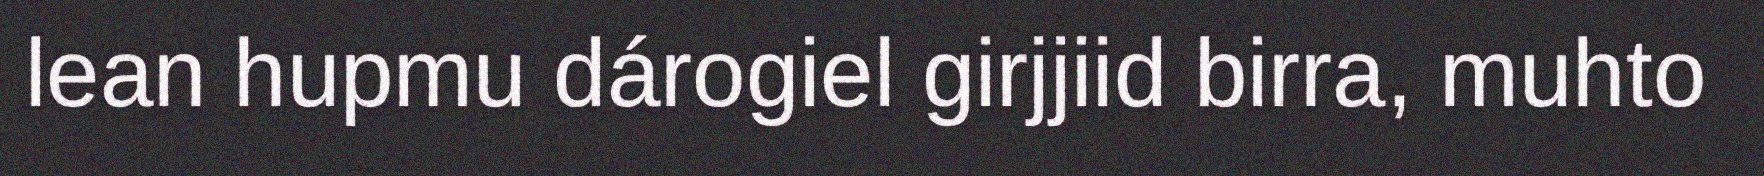
lean hupmu dárogiel girjjiid birra, muhto